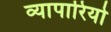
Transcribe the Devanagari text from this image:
व्यापारियो